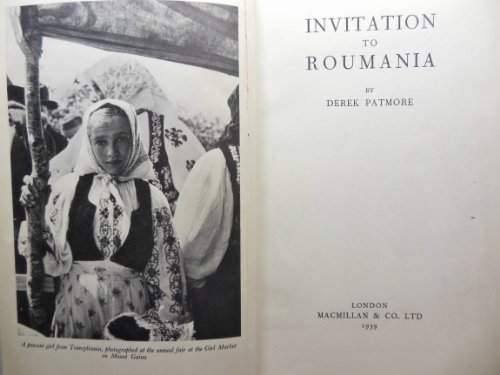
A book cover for Invitation to Roumania; Derek Patmore; Travel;